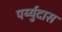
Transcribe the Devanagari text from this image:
पर्य्युदास